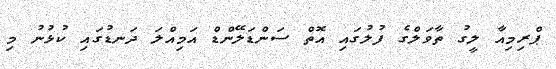
ޕްރިމިއާ ލީގު ތާވަލްގެ ފުލުގައި އޮތް ސަންޑަލޭންޑް އަމިއްލަ ދަނޑުގައި ކުޅުނު މި